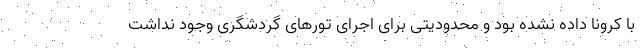
با کرونا داده نشده بود و محدودیتی برای اجرای تورهای گردشگری وجود نداشت